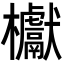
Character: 𣡌